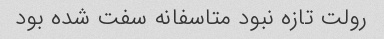
رولت تازه نبود متاسفانه سفت شده بود